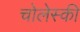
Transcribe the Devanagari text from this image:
चोलेस्की